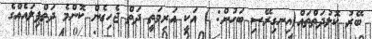
ބޭރު ކޮލުދަތްތައް(އިނގިރޭސި ބަހުން: ) އަކީ އަރިމަތީ ދަތް ޖެހިގެން ކޮންމެ ދަތްޕިލައެއްގެ